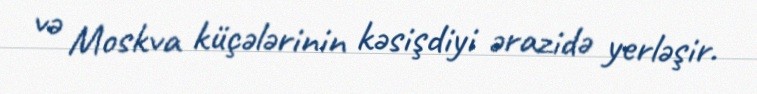
və Moskva küçələrinin kəsişdiyi ərazidə yerləşir.